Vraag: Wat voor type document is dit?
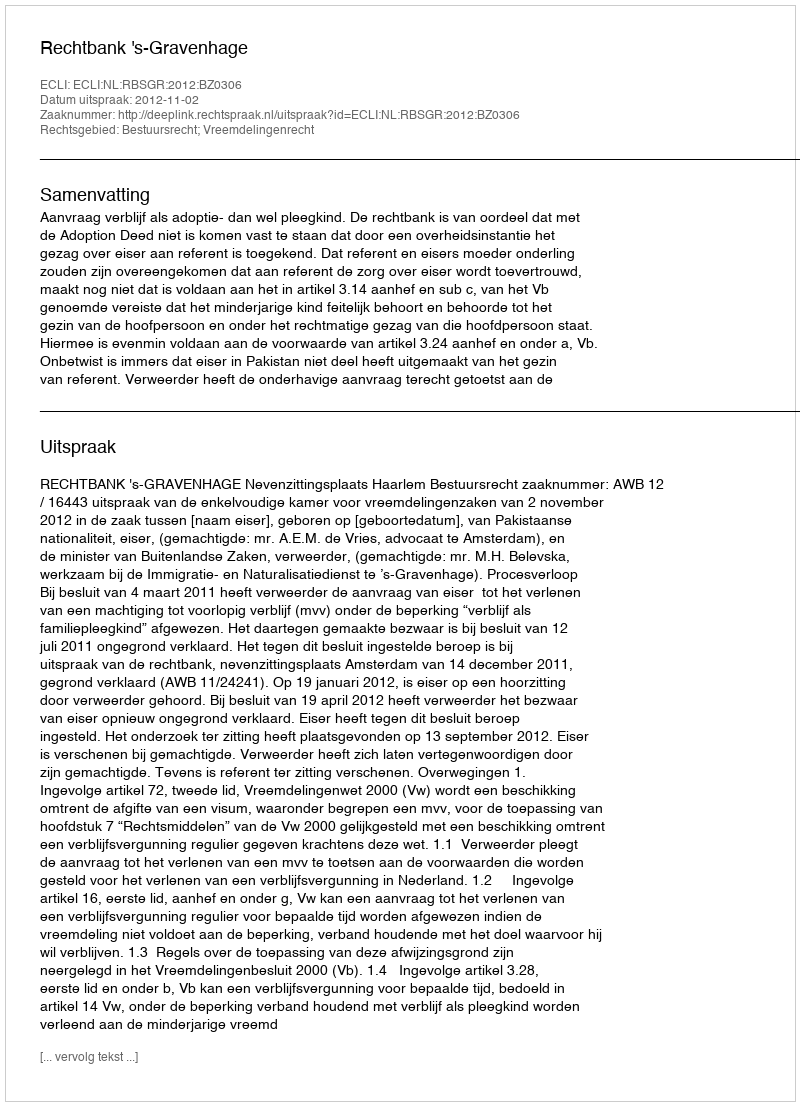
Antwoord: Uitspraak